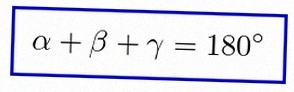
\alpha+\beta+\gamma=180^\circ